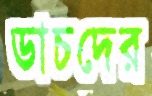
ডাচদের